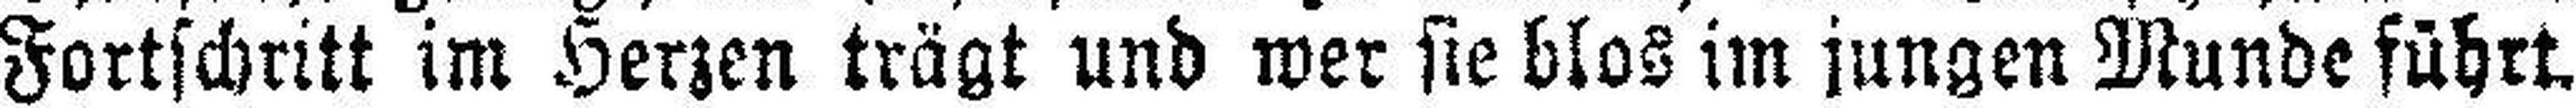
Fortschritt im Herzen trägt und wer sie blos im jungen Munde führt.